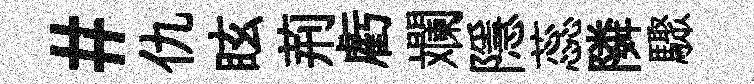
#仇眩荊虧斕隱蕊隣驟